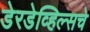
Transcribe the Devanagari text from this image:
डेरडेव्हिल्सचे